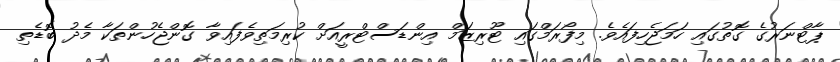
ޕާޓްނަރުގެ ގޮތުގައި ހަމަޖެހިފައެވެ. މިފޯރަމްގައި ޓޫރިޒަމް އިންޑަސްޓްރީއަށް ކުރިމަތިވެފައިވާ ގޮންޖެހުންތަކާ މެދު ބޮޑެތި